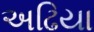
અઢિયા